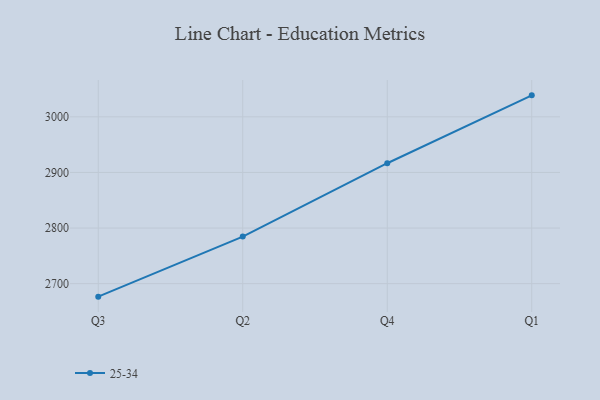
{"axis": {"x": "Quarter", "y": "Temperature (°C)"}, "legend": ["25-34"], "data": [{"x": "Q3", "y": 2676.6, "type": "25-34"}, {"x": "Q2", "y": 2784.6, "type": "25-34"}, {"x": "Q4", "y": 2916.6, "type": "25-34"}, {"x": "Q1", "y": 3038.7, "type": "25-34"}]}